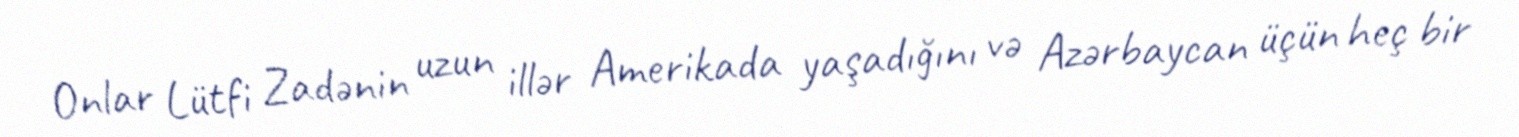
Onlar Lütfi Zadənin uzun illər Amerikada yaşadığını və Azərbaycan üçün heç bir